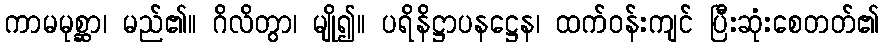
ကာမမုစ္ဆာ၊ မည်၏။ ဂိလိတွာ၊ မျို၍။ ပရိနိဋ္ဌာပနဋ္ဌေန၊ ထက်ဝန်းကျင် ပြီးဆုံးစေတတ်၏